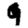
Digit: 9